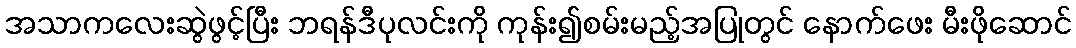
အသာကလေးဆွဲဖွင့်ပြီး ဘရန်ဒီပုလင်းကို ကုန်း၍စမ်းမည့်အပြုတွင် နောက်ဖေး မီးဖိုဆောင်